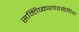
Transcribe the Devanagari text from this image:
सम्तिष्कखंडछेदित